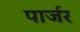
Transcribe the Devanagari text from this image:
पार्जर